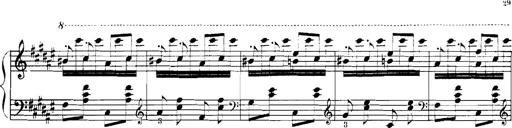
Title: Rhapsodies hongroises
Composer: Franz Liszt